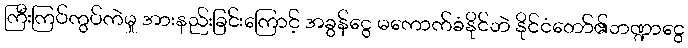
ကြီးကြပ်ကွပ်ကဲမှု အားနည်းခြင်းကြောင့် အခွန်ငွေ မကောက်ခံနိုင်ဘဲ နိုင်ငံတော်၏ဘဏ္ဍာငွေ